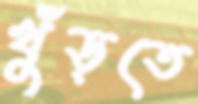
খুঁড়তে